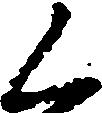
く